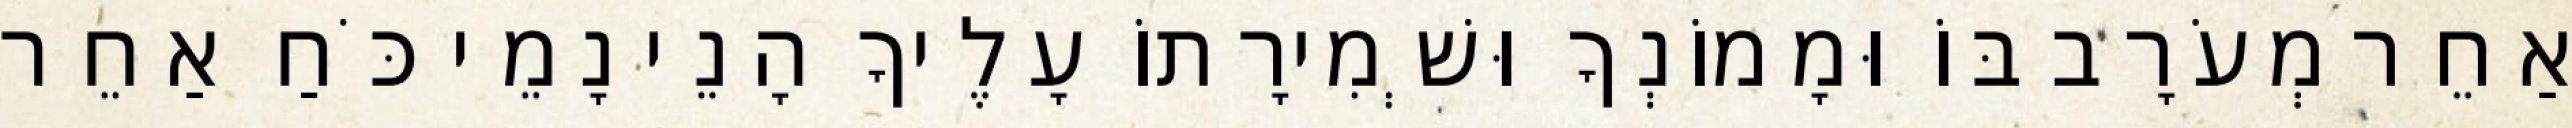
אַחֵר מְעֹרָב בּוֹ וּמָמוֹנְךָ וּשְׁמִירָתוֹ עָלֶיךָ הָנֵי נָמֵי כֹּחַ אַחֵר